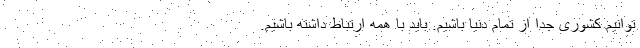
توانیم کشوری جدا از تمام دنیا باشیم. باید با همه ارتباط داشته باشیم.